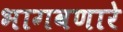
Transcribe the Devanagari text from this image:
भागवणारे